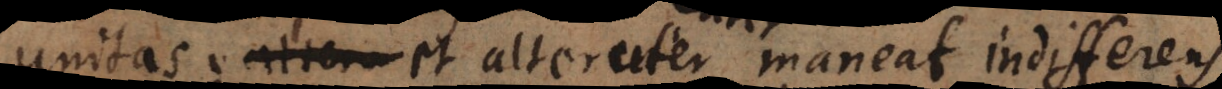
unitas; et alteruter maneat indifferens